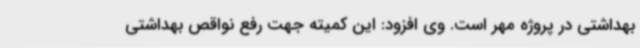
بهداشتی در پروژه مهر است. وی افزود: این کمیته جهت رفع نواقص بهداشتی